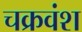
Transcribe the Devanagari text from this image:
चक्रवंश